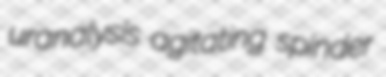
uranalysis agitating spinder